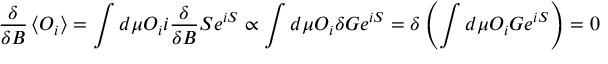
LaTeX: { \frac { \delta } { \delta B } } \left\langle O _ { i } \right\rangle = \int d \mu O _ { i } i { \frac { \delta } { \delta B } } S e ^ { i S } \propto \int d \mu O _ { i } \delta G e ^ { i S } = \delta \left( \int d \mu O _ { i } G e ^ { i S } \right) = 0